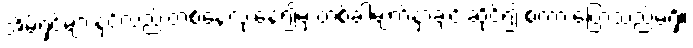
အိမ်ရှင်များနှင့်လည်းတစ်နေ့လုံးနေ၍မှ တစ်ခါမျက်နှာချင်းဆိုင်၍ စကားပြောသည်မရှိ။